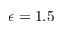
\epsilon = 1 . 5